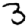
Digit: 3